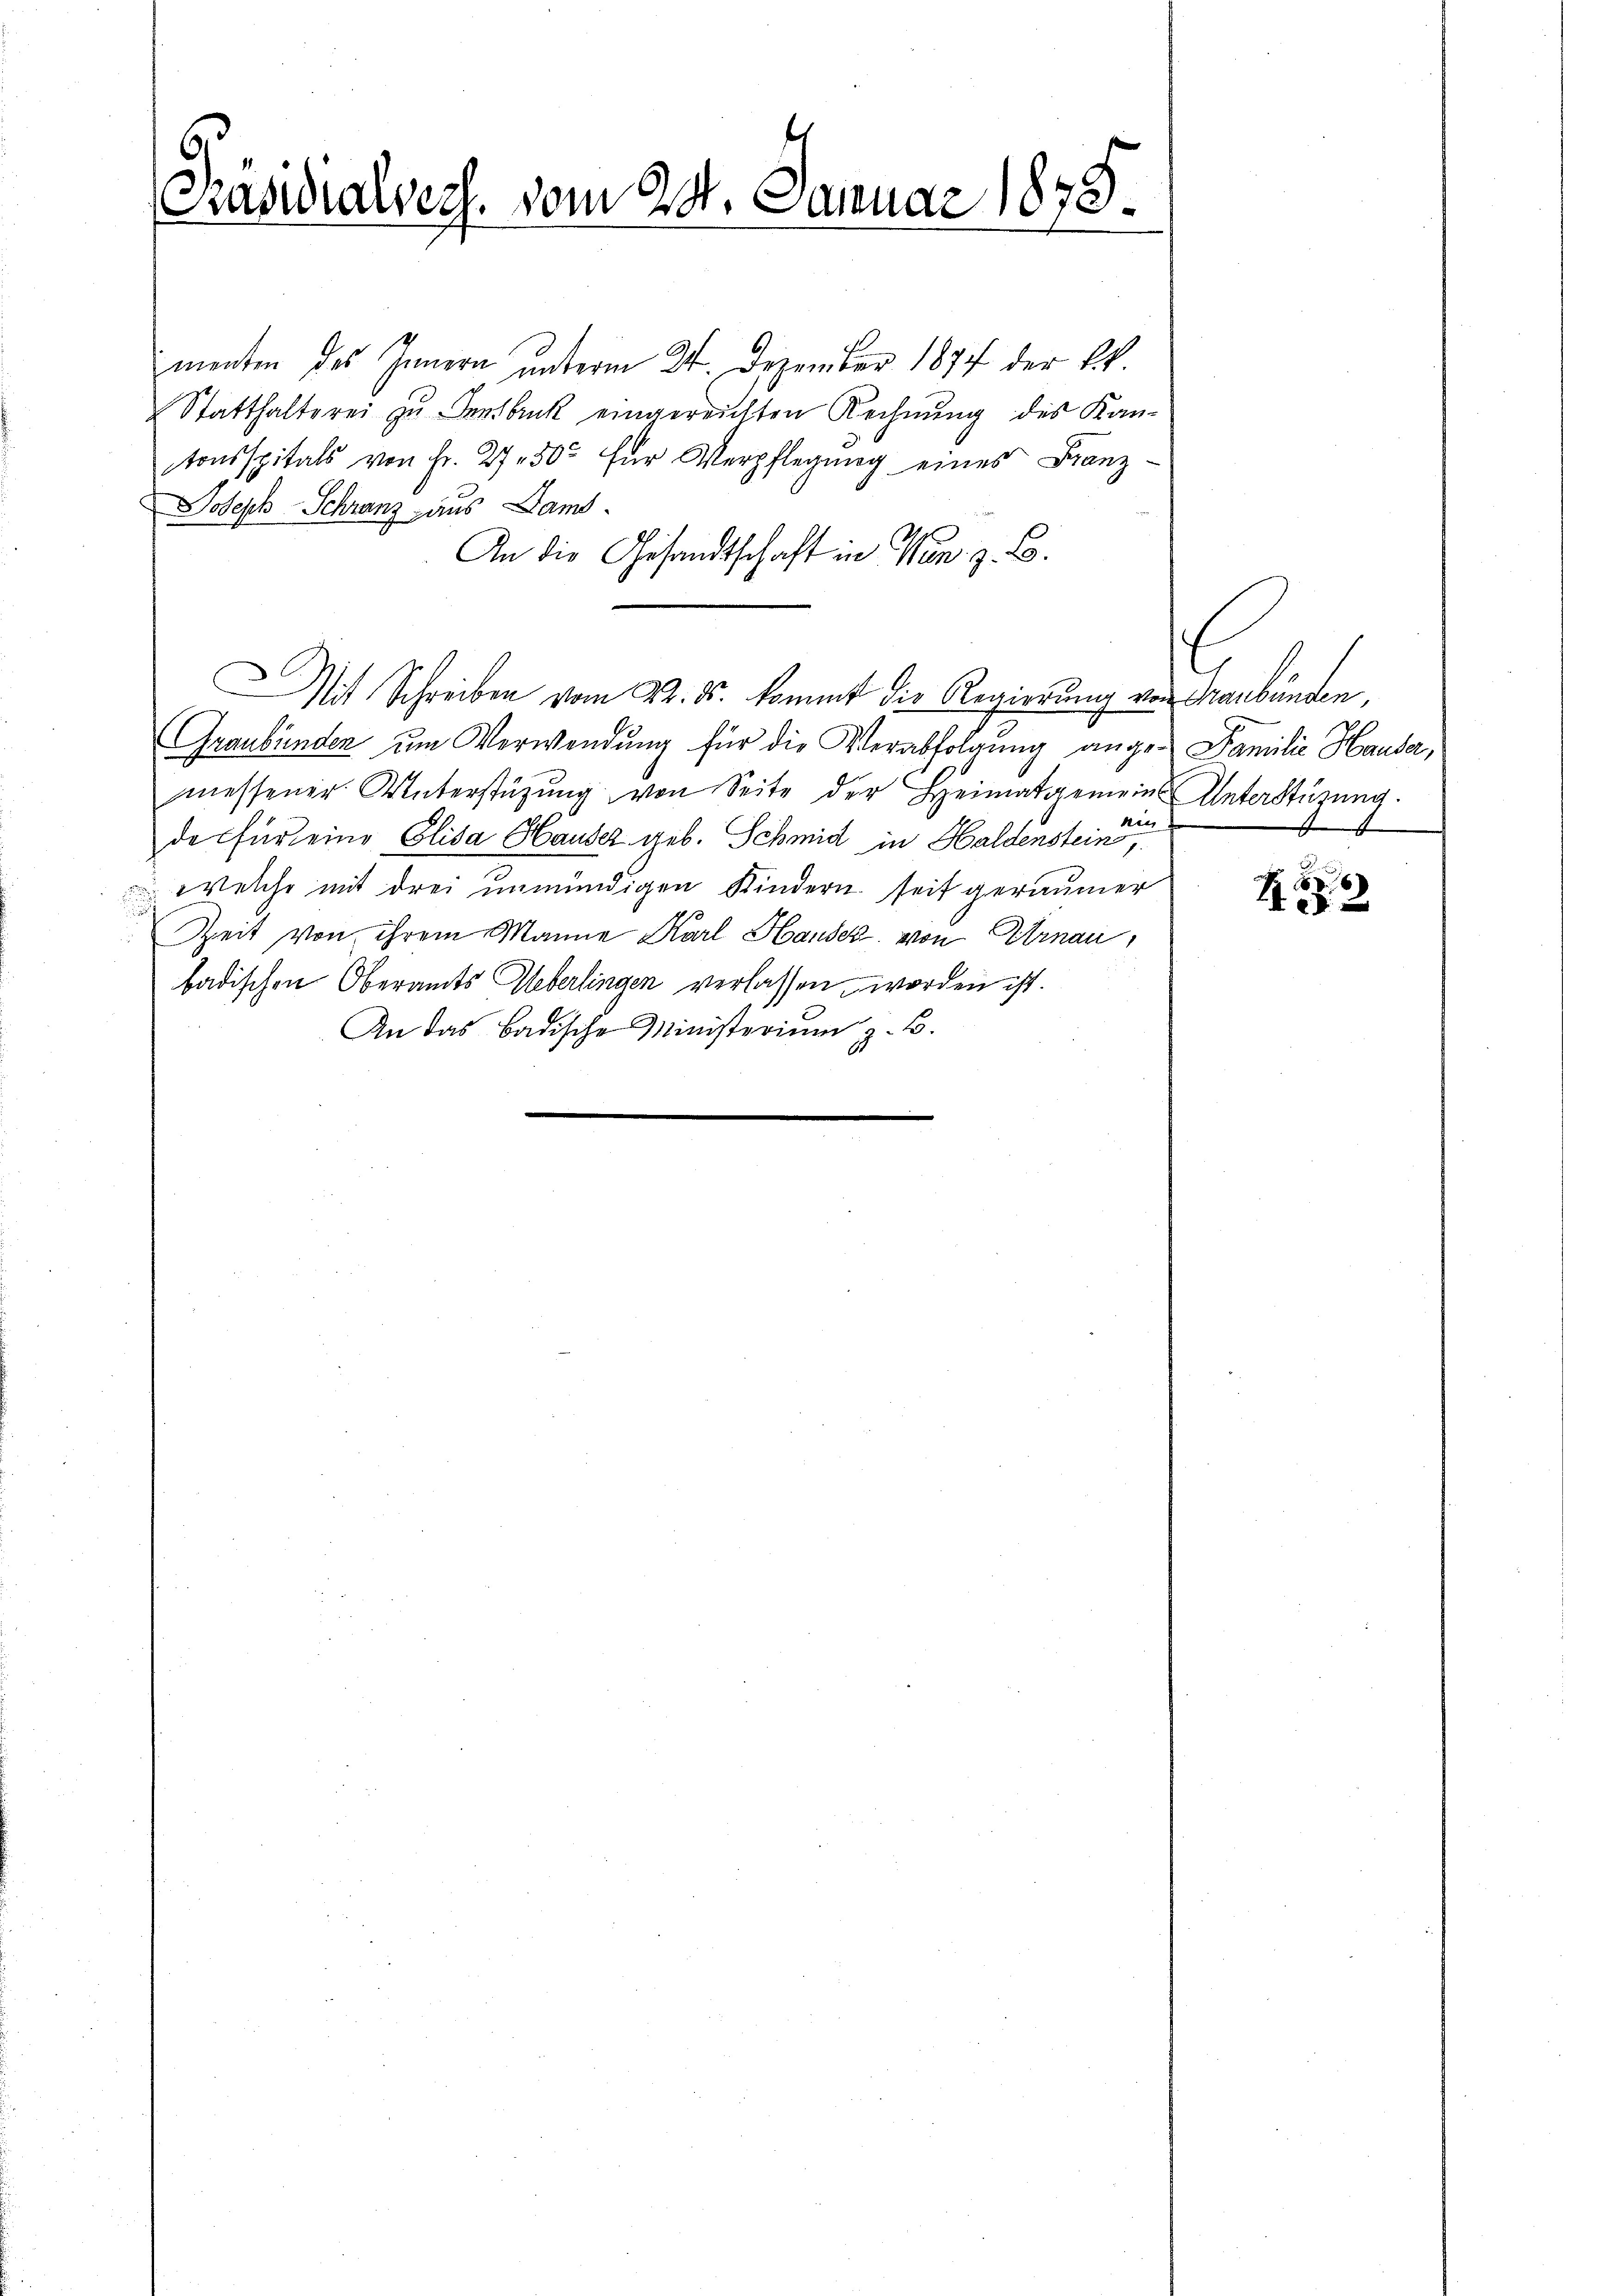
Präsidialsess. vom 24. Januar 1875.

menten des Innern unterm 24. Dezember 1874 der k
Statthalterei zu Innsbruck eingereichten Rechnung des Kantonsspitals von Fr. 2750 für Verpflegung eines Franz-
Joseph Schranz aus Dam
An die Gesandtschaft in Man z. B.
Graubünden um Verwendung für die Verabfolgung ange- Familie Hausa,
messener Unterstüzung von Seite der Heimatgemeins Unterstüzung.
din
de für eine Elisa Hauser geb. Schmid in Haldenstein,
welche mit drei unmündigen Kindern seit geräumer
Zeit von ihrem Manne Karl Hander von Arnau,
badischen Oberamts Ueberlingen verlassen worden ist.
An das Badische Ministerium z. B.

MMit Schreiben vom 22. ds. kommt die Regierung von Graubünden,

C
4

18